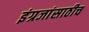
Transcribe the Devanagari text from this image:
इंग्रजांसाठीच